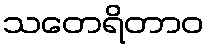
သတေရိတာဝ